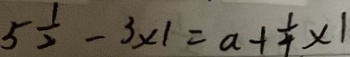
5 \frac { 1 } { 2 } - 3 \times 1 = a + \frac { 1 } { 4 } \times 1